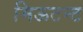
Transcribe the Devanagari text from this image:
मिऊटन्ट